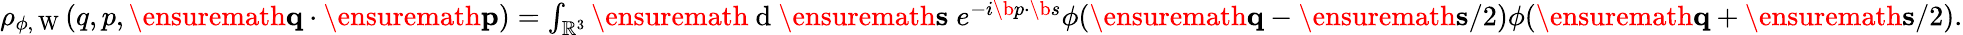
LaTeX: \begin{array}{r}{\rho_{\phi,\mathrm{~W~}}(q,p,\ensuremath{\mathbf{q}}\cdot\ensuremath{\mathbf{p}})=\int_{\mathbb{R}^{3}}\ensuremath{\mathrm{~d~}}\ensuremath{\mathbf{s}}\; e^{-i\b{p}\cdot\b{s}}\phi(\ensuremath{\mathbf{q}}-\ensuremath{\mathbf{s}}/2)\phi(\ensuremath{\mathbf{q}}+\ensuremath{\mathbf{s}}/2).}\end{array}